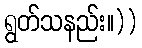
ရွတ်သနည်း။))